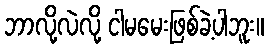
ဘာလို့လဲလို့ ငါမမေးဖြစ်ခဲ့ပါဘူး။